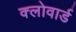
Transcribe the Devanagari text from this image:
क्लोवार्ड